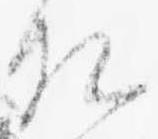
相